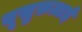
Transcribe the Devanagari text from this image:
यूसुफ़ज़ाई